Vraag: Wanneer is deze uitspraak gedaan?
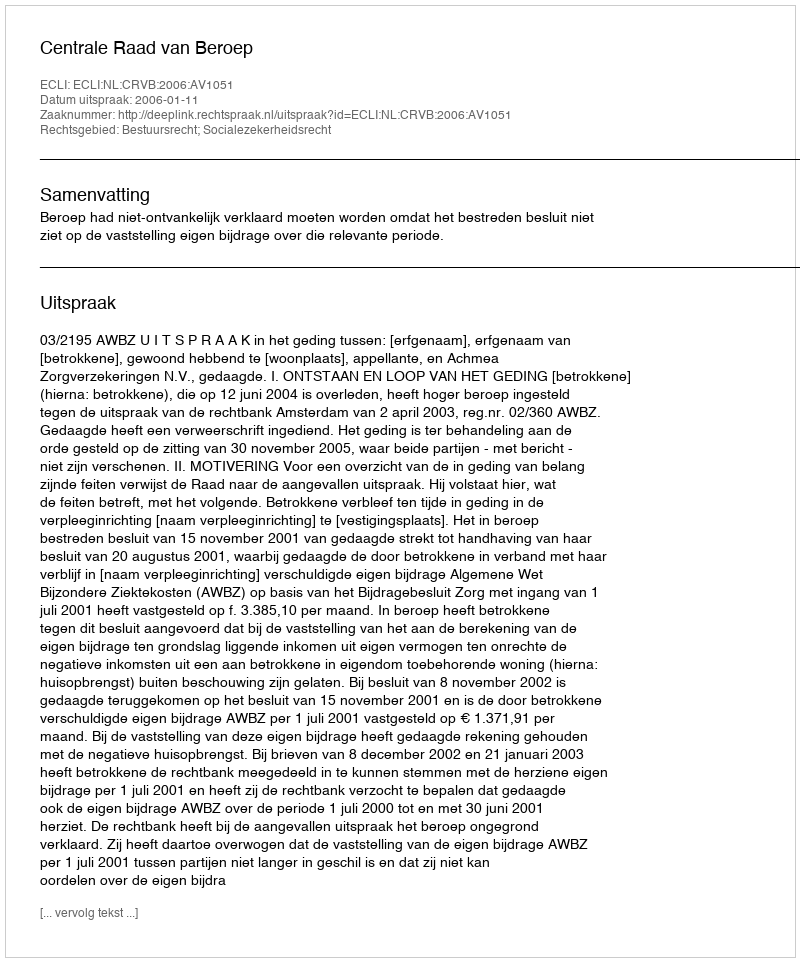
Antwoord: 2006-01-11